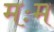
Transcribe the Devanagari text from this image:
मःम